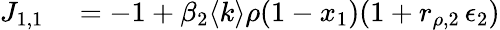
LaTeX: \begin{array}{rl}{J_{1,1}}&{{}=-1+\beta_{2}\langle k\rangle\rho(1-x_{1})(1+r_{\rho,2}\, \epsilon_{2})}\end{array}